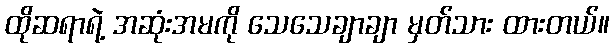
ထိုဆရာရဲ့ အဆုံးအမကို သေသေချာချာ မှတ်သား ထားတယ်။